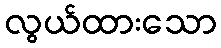
လွယ်ထားသော